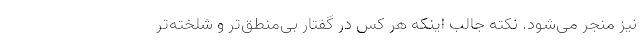
نیز منجر می‌شود. نکته جالب اینکه هر کس در گفتار بی‌منطق‌تر و شلخته‌تر